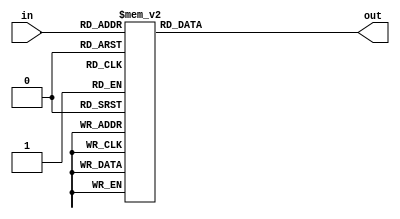
/******************************************************************************

   Fh   DST40.

    .

******************************************************************************/

module Fh
(
  input   [3:0] in,
  output  [1:0] out
);


reg [1:0] i;

assign  out = i;

always  @( in )
begin
  case( in )
    4'b 0000: i = 2'b 00;
    4'b 0001: i = 2'b 00;
    4'b 0010: i = 2'b 10;
    4'b 0011: i = 2'b 11;
    4'b 0100: i = 2'b 11;
    4'b 0101: i = 2'b 01;
    4'b 0110: i = 2'b 10;
    4'b 0111: i = 2'b 01;
    4'b 1000: i = 2'b 01;
    4'b 1001: i = 2'b 10;
    4'b 1010: i = 2'b 01;
    4'b 1011: i = 2'b 11;
    4'b 1100: i = 2'b 11;
    4'b 1101: i = 2'b 10;
    4'b 1110: i = 2'b 00;
    default : i = 2'b 00;
  endcase
end


endmodule